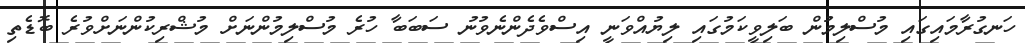
ހަނގުރާމައިގައި މުސްލިމުން ބަލިވީކަމުގައި ލިޔުއްވަނީ އިސްވެދެންނެވުނު ސަބަބާ ހުރެ މުސްލިމުންނަށް މުޝްރިކުންނަށްވުރެ ބޮޑެތި